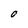
Character: 0